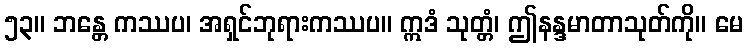
၅၃။ ဘန္တေ ကဿပ၊ အရှင်ဘုရားကဿပ။ ဣဒံ သုတ္တံ၊ ဤနန္ဒမာတာသုတ်ကို။ မေ